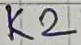
Text: K2